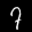
Label: 7